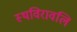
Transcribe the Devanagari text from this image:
स्थविरावलि